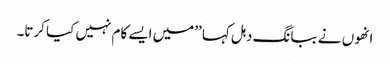
انھوں نے ببانگ دہل کہا ’’میں ایسے کام نہیں کیا کرتا۔